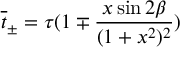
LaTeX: \overline { { { t } } } _ { \pm } = \tau ( 1 \mp \frac { x \sin 2 \beta } { ( 1 + x ^ { 2 } ) ^ { 2 } } )